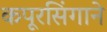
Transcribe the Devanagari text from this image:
कपूरसिंगाने